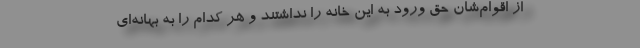
از اقوام‌شان حق ورود به این خانه را نداشتند و هر کدام را به بهانه‌ای